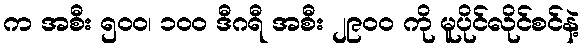
က အစီး ၅၀၀၊ ၁၀၀ ဒီဂရီ အစီး ၂၉၀၀ ကို မူပိုင်လိုင်စင်နဲ့